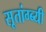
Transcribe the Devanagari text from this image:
सूतांग्ब्यी